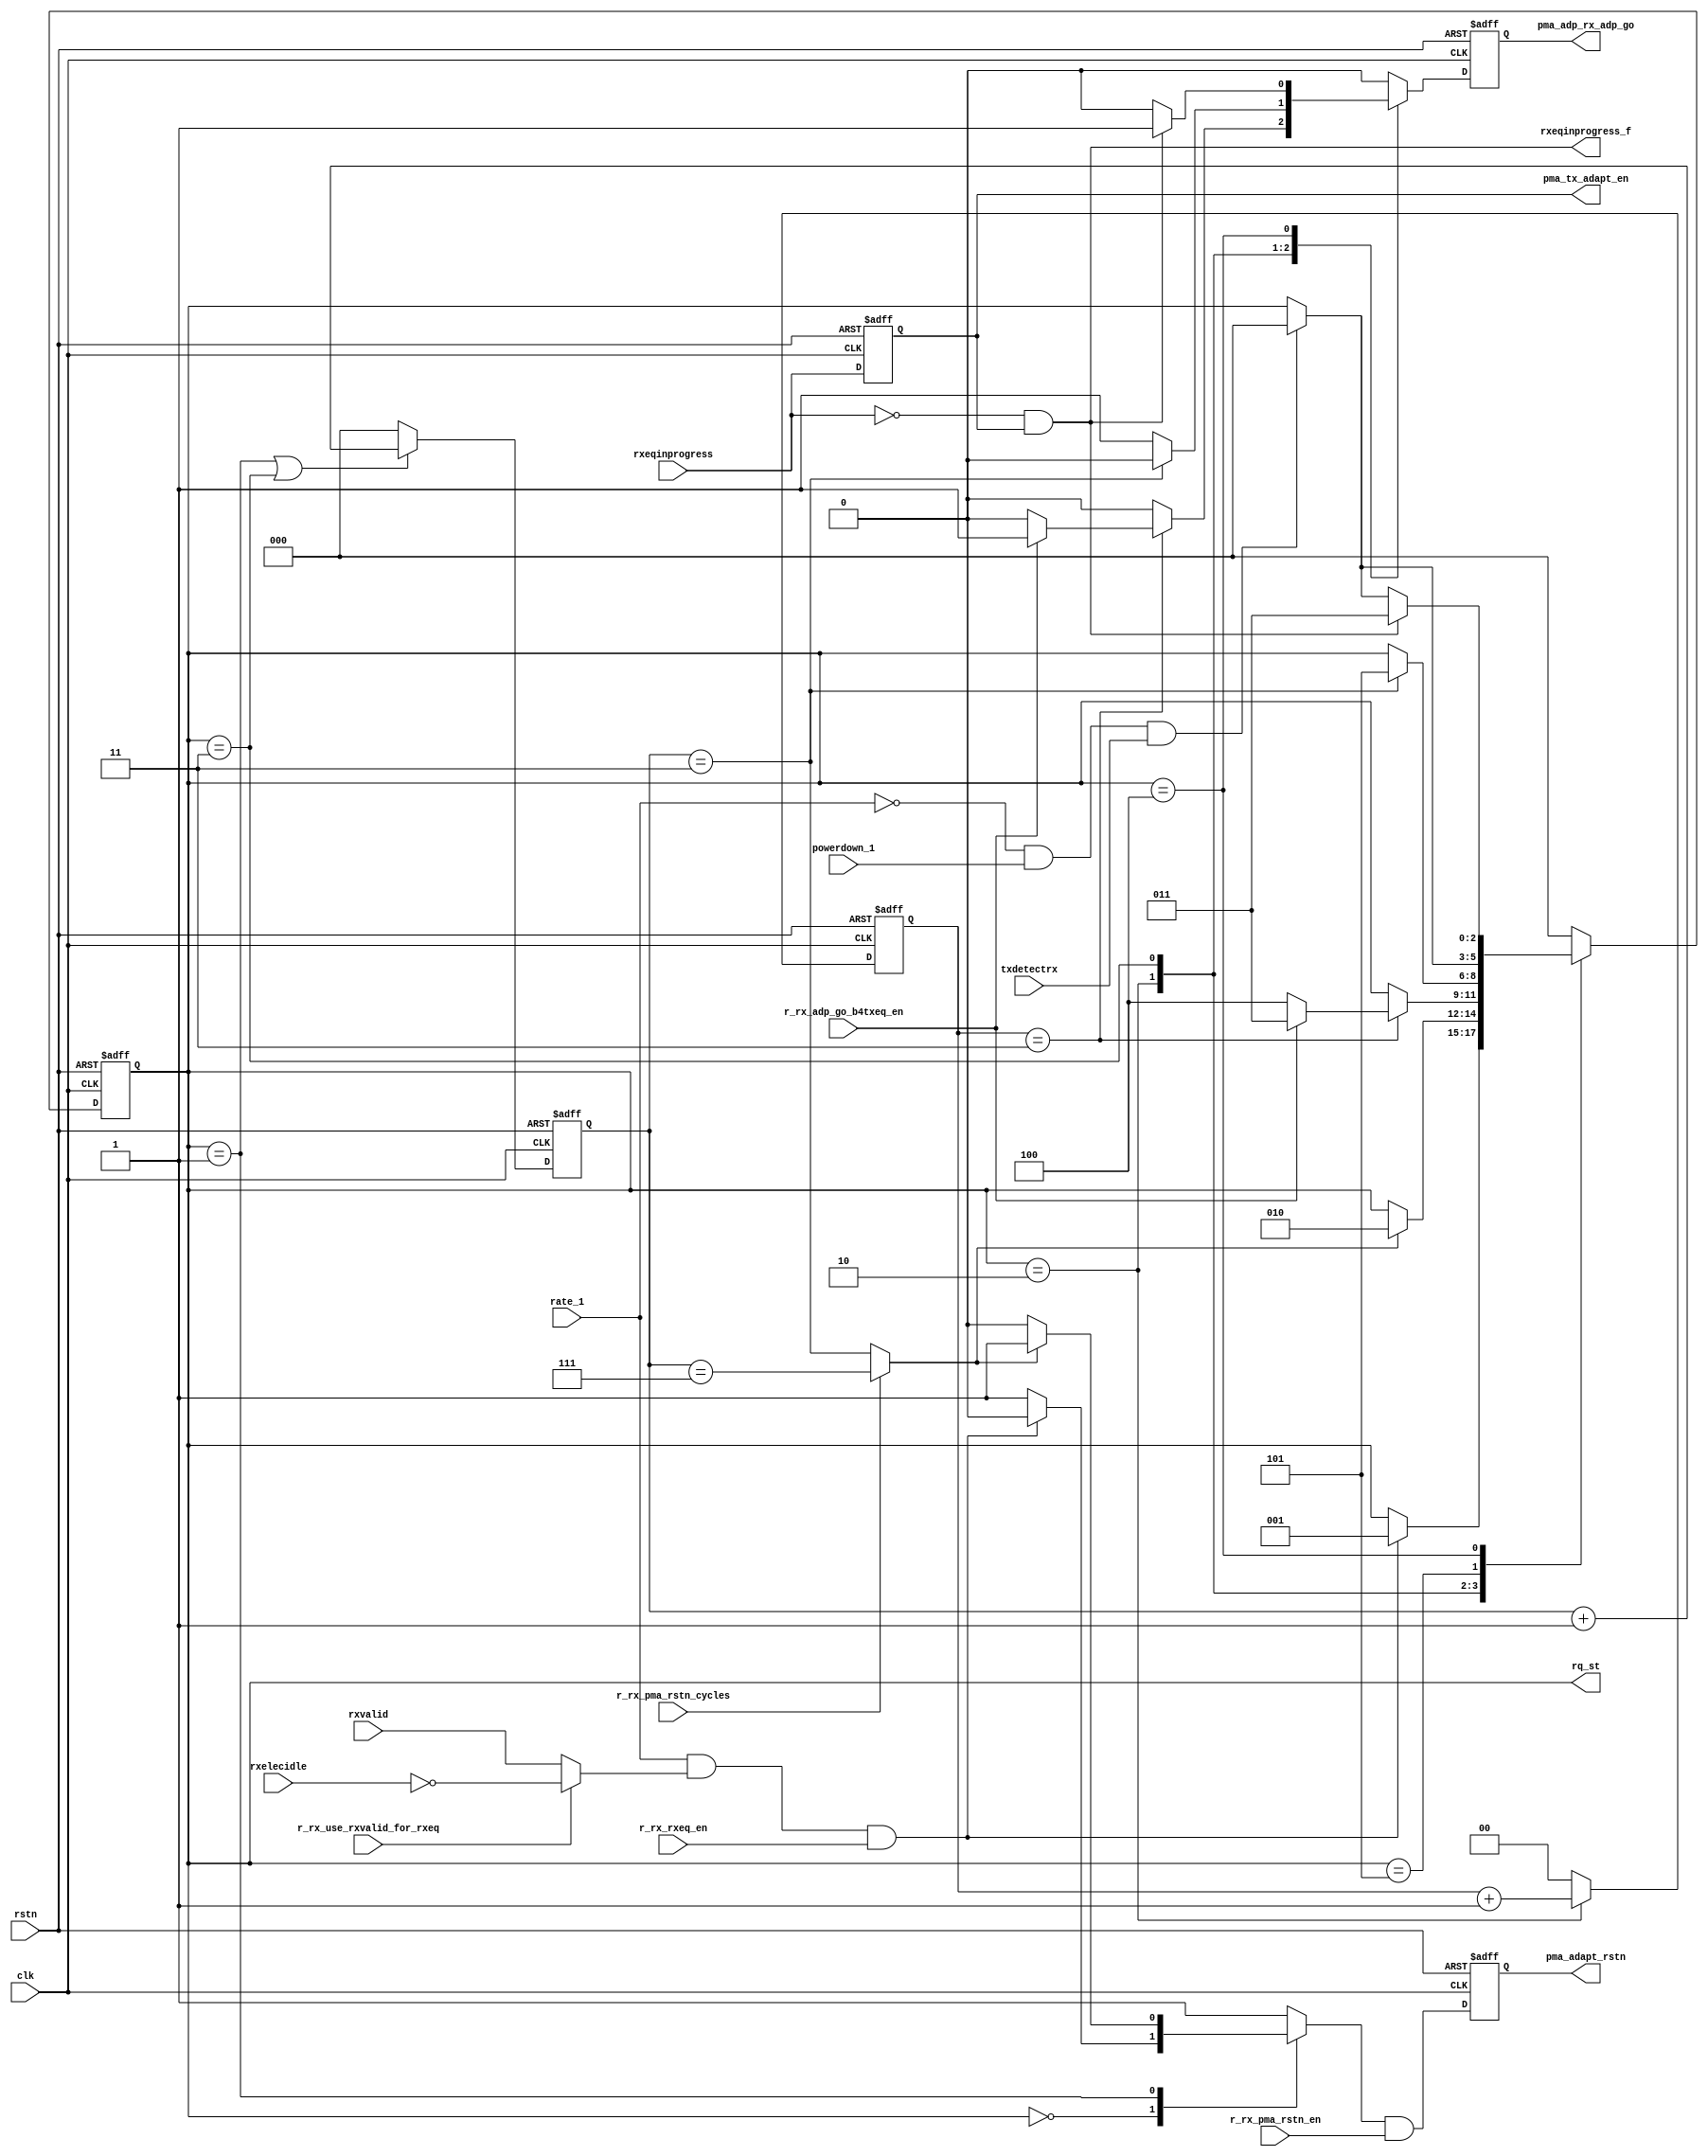
// This program was cloned from: https://github.com/chipsalliance/aib-phy-hardware
// License: Apache License 2.0

// SPDX-License-Identifier: Apache-2.0
// Copyright (C) 2019 Intel Corporation. 
module c3aibadapt_rxdp_rxeq_sm(/*AUTOARG*/
   // Outputs
   pma_adapt_rstn, pma_adp_rx_adp_go, rxeqinprogress_f, pma_tx_adapt_en,
   rq_st,
   // Inputs
   clk, rstn, rxvalid, rxelecidle, rate_1, powerdown_1, txdetectrx,
   rxeqinprogress, r_rx_rxeq_en, r_rx_adp_go_b4txeq_en,
   r_rx_pma_rstn_en, r_rx_pma_rstn_cycles, r_rx_use_rxvalid_for_rxeq
   );


input clk;
input rstn;


// PIPE
input rxvalid;
input rxelecidle;

input rate_1;
input powerdown_1;
input txdetectrx;
input rxeqinprogress;

output pma_adapt_rstn;
output pma_adp_rx_adp_go;

output rxeqinprogress_f;
output pma_tx_adapt_en;

// CARM
input r_rx_rxeq_en;
input r_rx_adp_go_b4txeq_en;
input r_rx_pma_rstn_en;
input r_rx_pma_rstn_cycles;
input r_rx_use_rxvalid_for_rxeq;

output [2:0] rq_st;

// 
reg pma_adapt_rstn;
reg pma_adp_rx_adp_go;

// internal 
reg [1:0] st1_cnt;
reg [2:0] st2_cnt;
reg rxeqinprogress_d;
reg [2:0] rq_st, rq_nt;
reg pma_adapt_rstn_n, pma_adp_rx_adp_go_n;

always @(posedge clk or negedge rstn)
   if (~rstn) rxeqinprogress_d <= 1'b0;
   else rxeqinprogress_d <= rxeqinprogress;

assign pma_tx_adapt_en = rxeqinprogress_d;
//
// rxeq_needed generation
parameter RQ_UP 	= 3'd0;
parameter RQ_PMA_INIT 	= 3'd1;
parameter RQ_PMA_WAIT 	= 3'd2;
parameter RQ_PMA_GO 	= 3'd3;
parameter RQ_WAIT_TX 	= 3'd4;
parameter RQ_DN 	= 3'd5;

// 

wire rxeqinprogress_f = !rxeqinprogress & rxeqinprogress_d;	// falling edge of rxeqinprogress
wire wait_rstn_done = r_rx_pma_rstn_cycles ? st2_cnt == 3'h7 : st2_cnt == 3'h3;
wire mac_det_st = ~rate_1 & powerdown_1 & txdetectrx;		// MAC in detect state

// cnt
always @(posedge clk or negedge rstn)
   if (~rstn) st1_cnt <= 2'b0;
   else if (rq_st == RQ_PMA_WAIT) st1_cnt <= st1_cnt + 1;
   else st1_cnt <= 2'b0;

always @(posedge clk or negedge rstn)
   if (~rstn) st2_cnt <= 3'd0;
   else if ((rq_st == RQ_PMA_INIT) || (rq_st == RQ_PMA_GO))  st2_cnt <= st2_cnt + 1;
   else st2_cnt <= 3'd0;

// wire exit_elecidle = r_rx_use_rxvalid_for_rxeq ? rxvalid : ~rxelecidle;
wire exit_elecidle = r_rx_use_rxvalid_for_rxeq ? ~rxelecidle : rxvalid;
always @(posedge clk or negedge rstn)
   if (~rstn) rq_st <= RQ_UP;
   else rq_st <= rq_nt;

always @*
begin
	rq_nt = rq_st;
       	pma_adapt_rstn_n = 1'b1; 
	pma_adp_rx_adp_go_n = 1'b0;
   case(rq_st)
   RQ_UP: begin
	   if (rate_1 & exit_elecidle & r_rx_rxeq_en) begin
		rq_nt = RQ_PMA_INIT;
		pma_adapt_rstn_n = 1'b0;
	   end
   end
   RQ_PMA_INIT: begin
			pma_adapt_rstn_n = 1'b0;
	   if (wait_rstn_done) begin
		rq_nt = RQ_PMA_WAIT;
		pma_adapt_rstn_n = 1'b1;
	   end
   end
   RQ_PMA_WAIT: begin
	   if (st1_cnt == 2'd3) begin
		if (r_rx_adp_go_b4txeq_en) begin
			rq_nt = RQ_PMA_GO;
			pma_adp_rx_adp_go_n = 1'b1;
		end
		else rq_nt = RQ_WAIT_TX;	// !r_rx_adp_go_after_txeq_en
	   end
   end
   RQ_PMA_GO: begin
			pma_adp_rx_adp_go_n = 1'b1;
	   if (st2_cnt == 3'd3) begin
		rq_nt = RQ_DN;
		pma_adp_rx_adp_go_n = 1'b0;
	   end
   end		
   RQ_DN: begin
	   if (mac_det_st) rq_nt = RQ_UP;
   end
   RQ_WAIT_TX: begin
	   if (rxeqinprogress_f) begin
		rq_nt = RQ_PMA_GO;
		pma_adp_rx_adp_go_n = 1'b1;
	   end
	   else if (mac_det_st) rq_nt = RQ_UP;
   end
   default: rq_nt = RQ_UP;
   endcase
end

always @(posedge clk or negedge rstn)
   if (~rstn) begin
	pma_adapt_rstn <= 1'b1;
	pma_adp_rx_adp_go <= 1'b0;
   end
   else begin
	pma_adapt_rstn <= pma_adapt_rstn_n & r_rx_pma_rstn_en;
	pma_adp_rx_adp_go <= pma_adp_rx_adp_go_n;
   end
	

endmodule